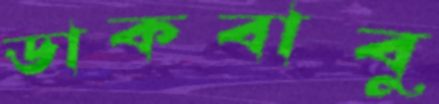
ডাকবাবু